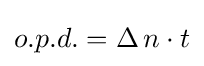
{o.p.d.}=\Delta \,n\cdot t